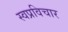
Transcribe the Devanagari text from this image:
स्वप्रविचार